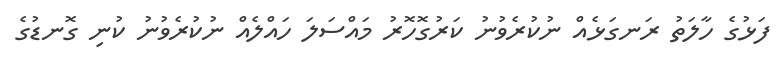
ފަޅުގެ ހާލަތު ރަނގަޅެއް ނުކުރެވުނު ކަރުގޮހޮރު މައްސަލަ ހައްލެއް ނުކުރެވުނު ކުނި ގޮނޑުގެ